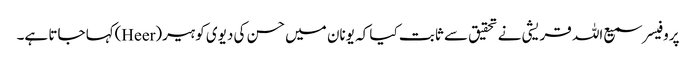
پروفیسر سمیع اللہ قریشی نے تحقیق سے ثابت کیا کہ یونان میں حسن کی دیوی کو ہیر(Heer)کہا جاتا ہے۔